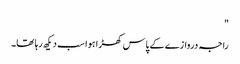
"
راجہ دروازے کے پاس کھڑا ہوا سب دیکھ رہا تھا۔